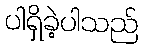
ပါရှိခဲ့ပါသည်